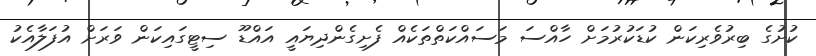
ކުށުގެ ބިރުވެރިކަން ކުޑަކުރުމަށް ހާއްސަ މަސައްކަތްތަކެއް ފެށިގެންދިޔައީ އައްޑޫ ސިޓީގައިކަން ވަރަށް އުފަލާއެކު